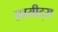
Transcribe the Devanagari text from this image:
लायीट्स